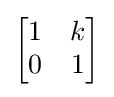
{\begin{bmatrix}1&k\\0&1\end{bmatrix}}